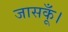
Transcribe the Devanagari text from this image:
जासकूँ।